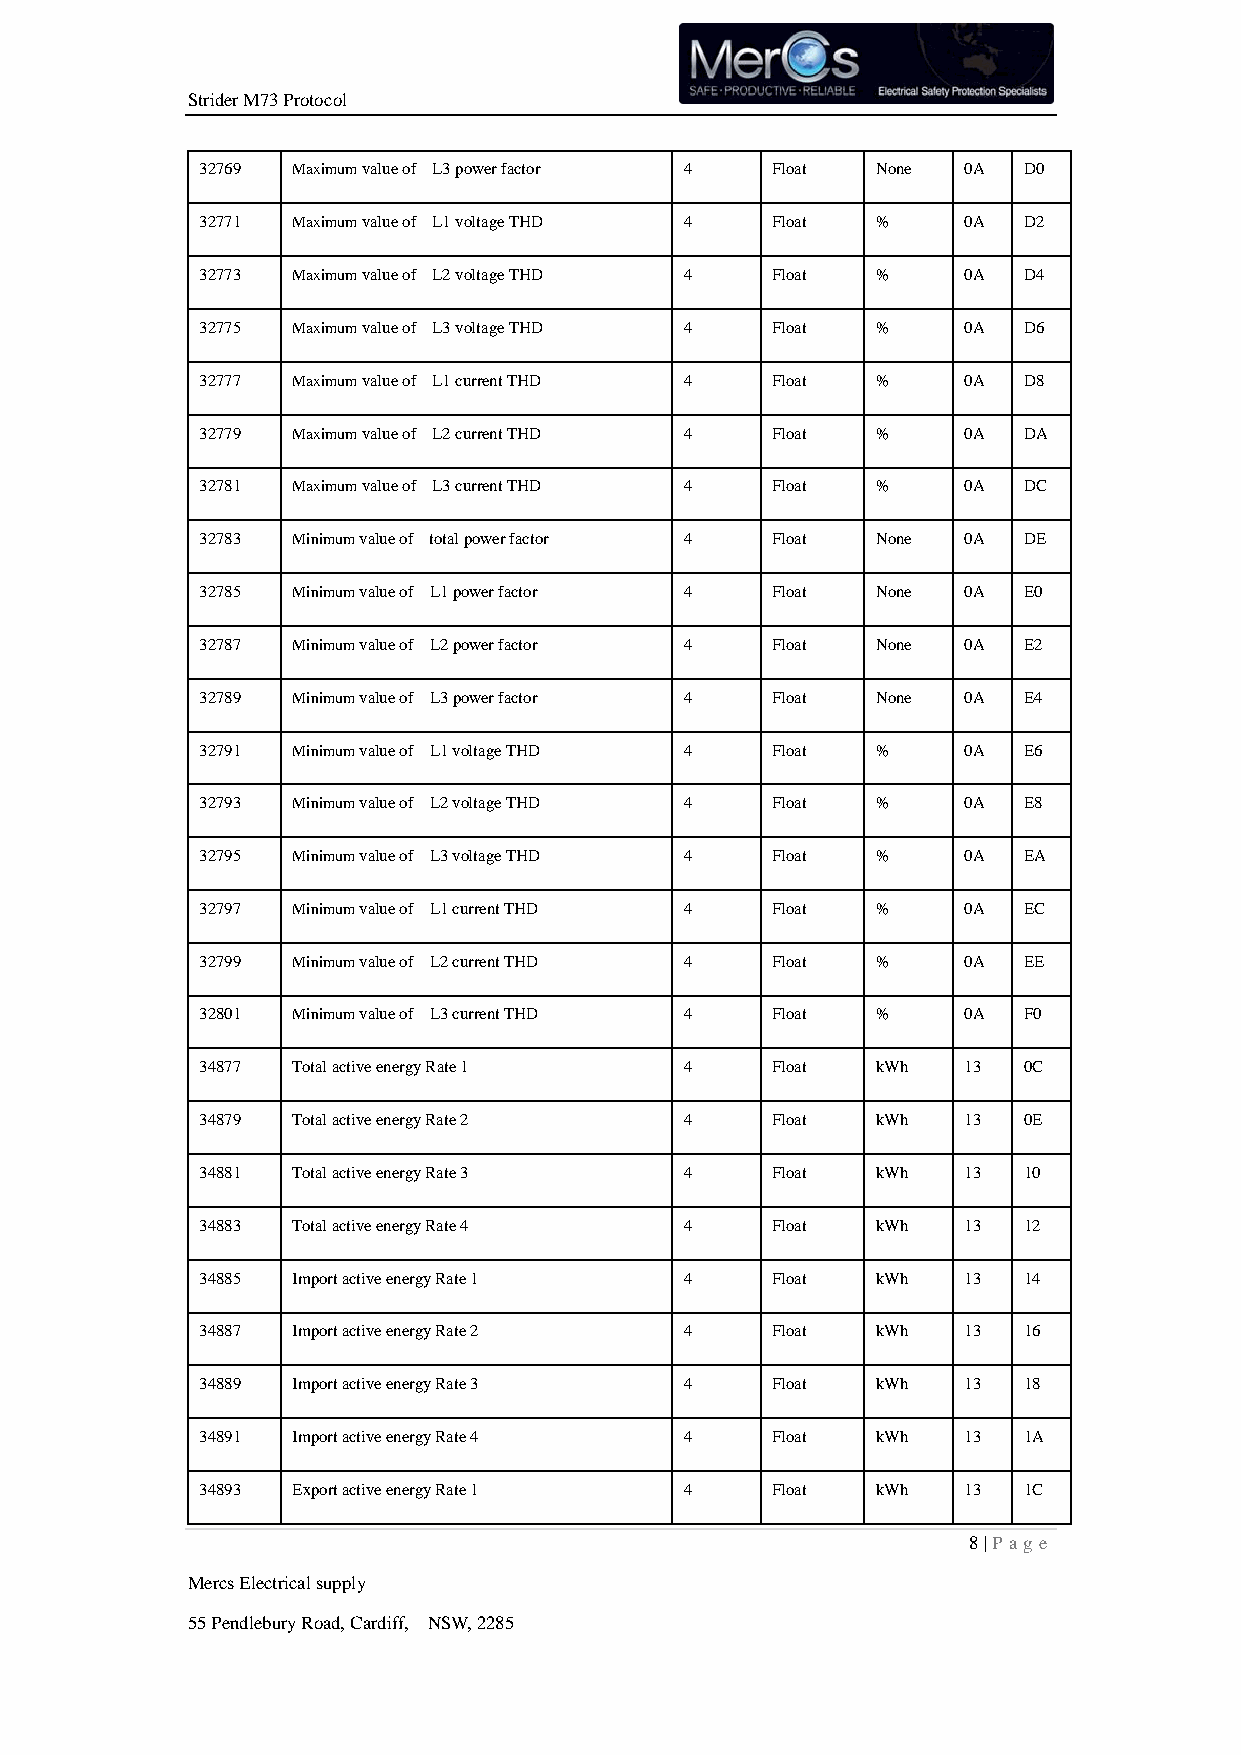
Strider M73 Protocol
 32769 Maximum value of L3 power factor 4 Float None 0A D0
 32771 Maximum value of L1 voltage THD 4 Float %    0A  D2
 32773 Maximum value of L2 voltage THD 4 Float %    0A  D4
 32775 Maximum value of L3 voltage THD 4 Float %    0A  D6
 32777 Maximum value of L1 current THD 4 Float %    0A  D8
 32779 Maximum value of L2 current THD 4 Float %    0A  DA
 32781 Maximum value of L3 current THD 4 Float %    0A  DC
 32783 Minimum value of total power factor 4 Float None 0A DE
 32785 Minimum value of L1 power factor 4 Float None 0A E0
 32787 Minimum value of L2 power factor 4 Float None 0A E2
 32789 Minimum value of L3 power factor 4 Float None 0A E4
 32791 Minimum value of L1 voltage THD 4 Float %    0A  E6
 32793 Minimum value of L2 voltage THD 4 Float %    0A  E8
 32795 Minimum value of L3 voltage THD 4 Float %    0A  EA
 32797 Minimum value of L1 current THD 4 Float %    0A  EC
 32799 Minimum value of L2 current THD 4 Float %    0A  EE
 32801 Minimum value of L3 current THD 4 Float %    0A  F0
 34877 Total active energy Rate 1 4    Float  kWh   13  0C
 34879 Total active energy Rate 2 4    Float  kWh   13  0E
 34881 Total active energy Rate 3 4    Float  kWh   13  10
 34883 Total active energy Rate 4 4    Float  kWh   13  12
 34885 Import active energy Rate 1 4   Float  kWh   13  14
 34887 Import active energy Rate 2 4   Float  kWh   13  16
 34889 Import active energy Rate 3 4   Float  kWh   13  18
 34891 Import active energy Rate 4 4   Float  kWh   13  1A
 34893 Export active energy Rate 1 4   Float  kWh   13  1C
 8 | P age
 Mercs Electrical supply
 55 Pendlebury Road, Cardiff, NSW, 2285